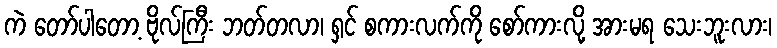
ကဲ တော်ပါတော့ ဗိုလ်ကြီး ဘတ်တလာ၊ ရှင် စကားလက်ကို စော်ကားလို့ အားမရ သေးဘူးလား၊